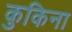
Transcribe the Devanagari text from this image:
कुकिना